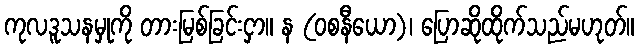
ကုလဒူသနမှုကို တားမြစ်ခြင်းငှာ။ န (ဝစနီယော)၊ ပြောဆိုထိုက်သည်မဟုတ်။